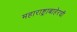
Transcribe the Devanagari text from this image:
महाराष्ट्राबाहेरची